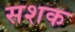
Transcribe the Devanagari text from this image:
सशक